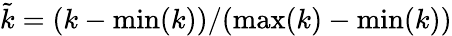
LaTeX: \tilde{k}=(k-\operatorname*{min}(k))/(\operatorname*{max}(k)-\operatorname*{min}(k))